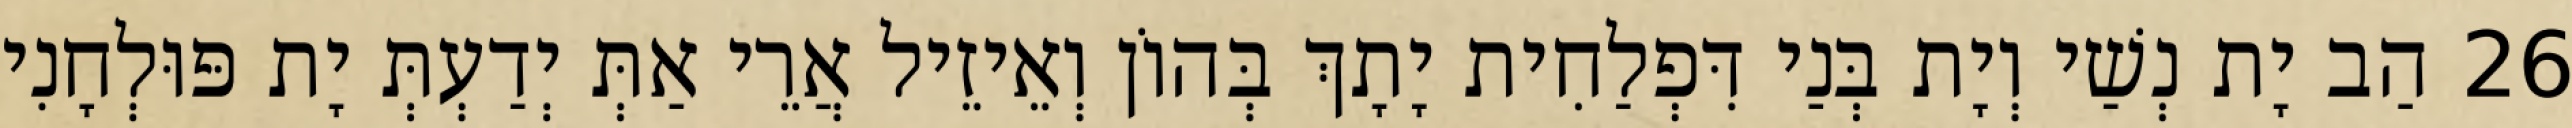
26 הַב יָת נְשַׁי וְיָת בְּנַי דִּפְלַחִית יָתָךְ בְּהוֹן וְאֵיזֵיל אֲרֵי אַתְּ יְדַעְתְּ יָת פּוּלְחָנִי